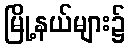
မြို့နယ်များ၌